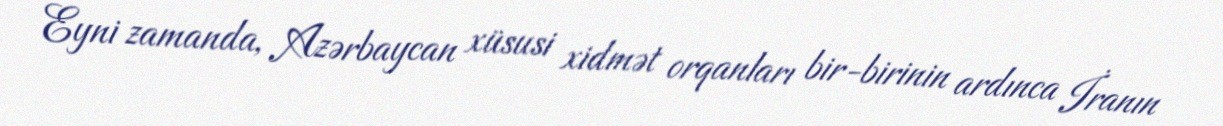
Eyni zamanda, Azərbaycan xüsusi xidmət orqanları bir-birinin ardınca İranın